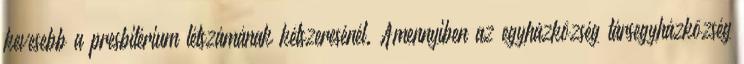
kevesebb a presbitérium létszámának kétszeresénél. Amennyiben az egyházközség társegyházközség